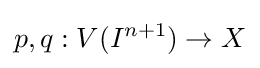
p,q:V(I^{n+1})\to X